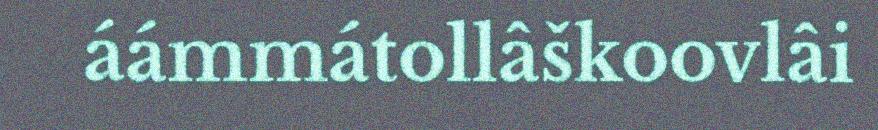
áámmátollâškoovlâi